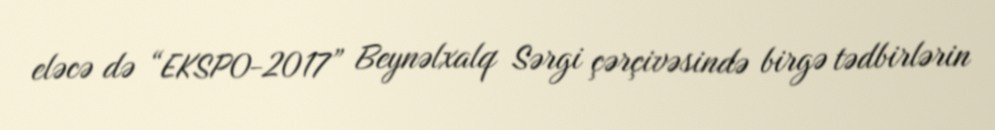
eləcə də “EKSPO-2017” Beynəlxalq Sərgi çərçivəsində birgə tədbirlərin